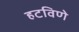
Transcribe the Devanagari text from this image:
हटविणे